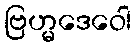
ဗြဟ္မဒေဝေါ